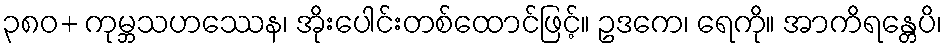
၃၈၀+ ကုမ္ဘသဟဿေန၊ အိုးပေါင်းတစ်ထောင်ဖြင့်။ ဥဒကေ၊ ရေကို။ အာကိရန္တေပိ၊